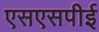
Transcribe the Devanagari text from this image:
एसएसपीई